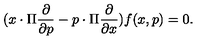
( x \cdot \Pi \frac { \partial } { \partial p } - p \cdot \Pi \frac { \partial } { \partial x } ) f ( x , p ) = 0 .